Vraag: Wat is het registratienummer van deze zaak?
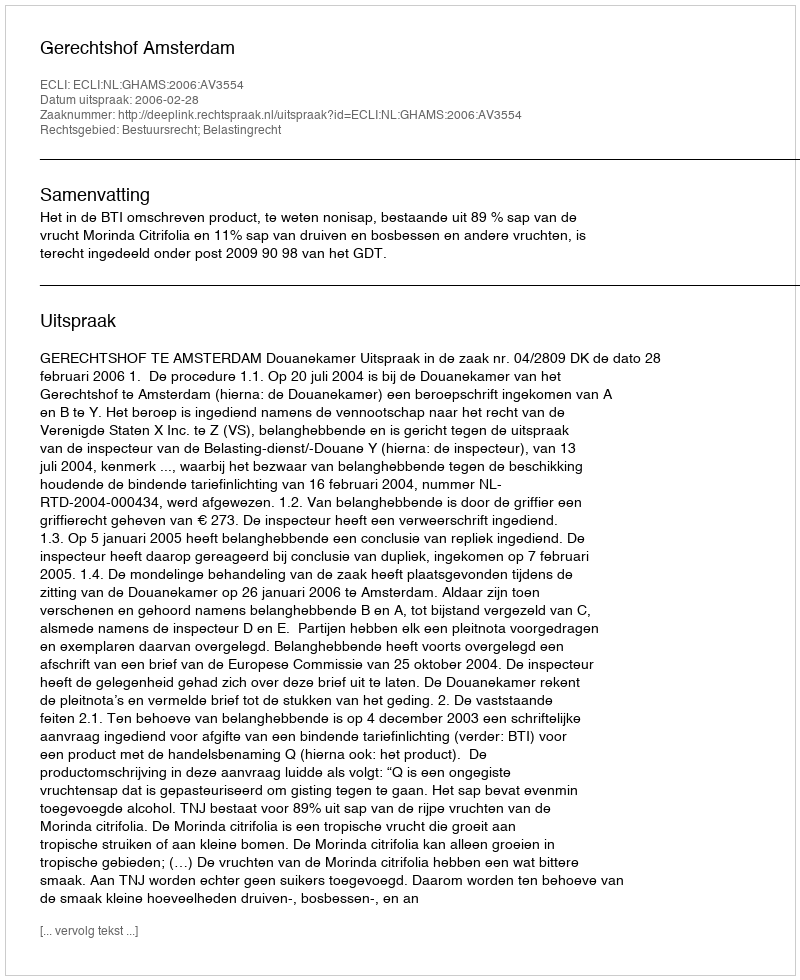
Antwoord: http://deeplink.rechtspraak.nl/uitspraak?id=ECLI:NL:GHAMS:2006:AV3554